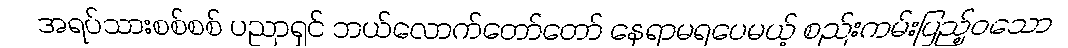
အရပ်သားစစ်စစ် ပညာရှင် ဘယ်လောက်တော်တော် နေရာမရပေမယ့် စည်းကမ်းပြည့်ဝသော